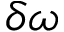
\delta \boldsymbol { \omega }